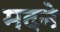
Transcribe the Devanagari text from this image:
मदने